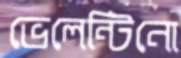
ভেলেন্টিনো